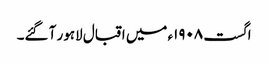
اگست ١٩٠٨ء میں اقبال لاہور آ گئے۔